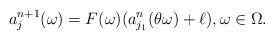
LaTeX: \begin{align*}a_j ^{n+1} (\omega)=F(\omega)(a^n _{j_1 } (\theta \omega) +\ell ),\omega \in \Omega.\end{align*}